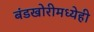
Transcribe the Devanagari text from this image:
बंडखोरीमध्येही